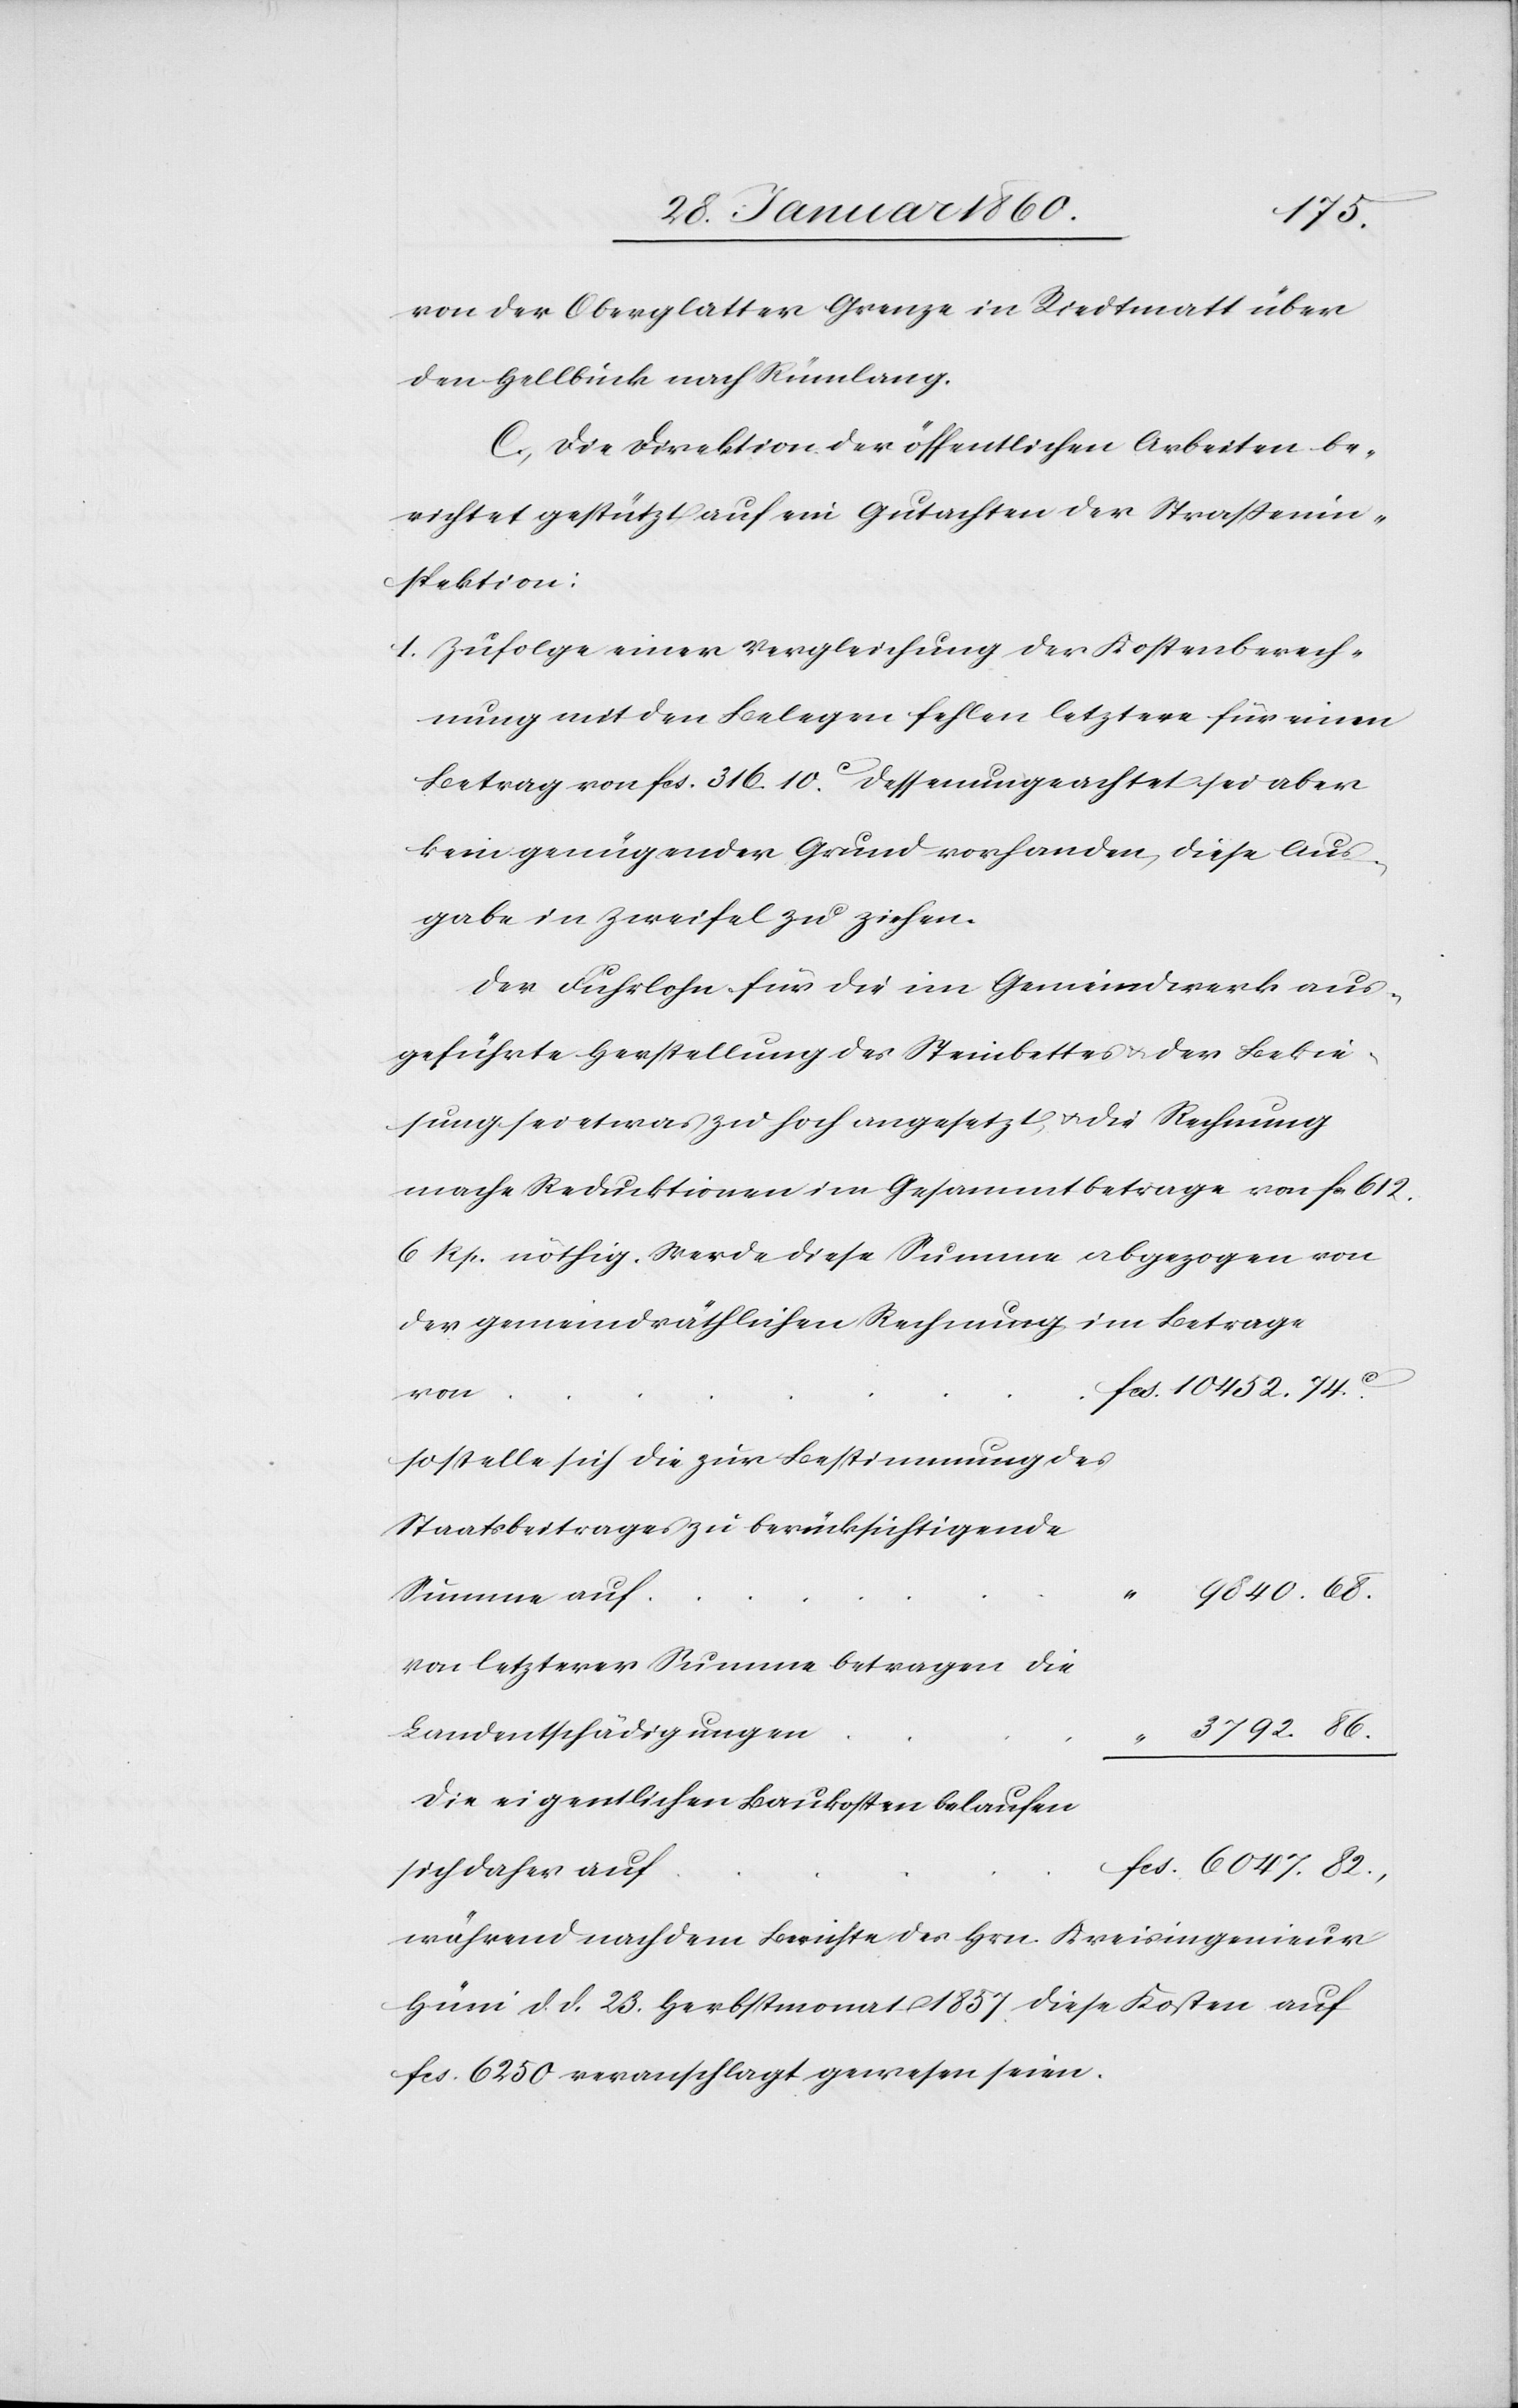
von der Oberglatter Grenze in Riedtmatt über
den Hellbuck nach Rümlang.
C. Die Direktion der öffentlichen Arbeiten be¬
richtet gestützt auf ein Gutachten der Strassenin¬
spektion:
1. Zufolge einer Vergleichung der Kostenberech¬
nung mit den Belegen fehlen letztere für einen
Betrag von fcs. 316 10C dessen ungeachtet sei aber
kein genügender Grund vorhanden, diese Aus¬
gabe in Zweifel zu ziehen.
Der Fuhrlohn für die im Gemeindwerk aus¬
geführte Herstellung des Steinbettes u. der Bekie¬
sung sei etwas zu hoch angesetzt u. die Rechnung
mache Reduktionen im Gesammtbetrage von fr. 612
6. Rp. nöthig. Werde diese Summe abgezogen von
der gemeindräthlichen Rechnung im Betrage
f				f¬
so stelle sich die zur Bestimmung des
“ 9840. 68.
von letzterer Summe betragen die
Landentschädigungen
3792. 86.
die eigentlichen Baukosten belaufen
cs. 6047. 82.
sich daher au¬
während nach dem Berichte des Hrn. Kreisingenieur
Hüni d. d. 23. Herbstmonat 1857. diese Kosten auf
fcs. 6250 veranschlagt gewesen seien.